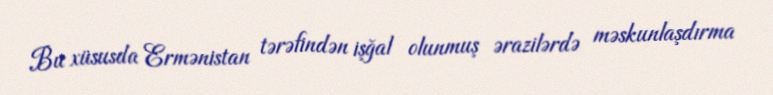
Bu xüsusda Ermənistan tərəfindən işğal olunmuş ərazilərdə məskunlaşdırma